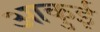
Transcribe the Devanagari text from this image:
आकुई